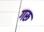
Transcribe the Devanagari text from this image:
गरू